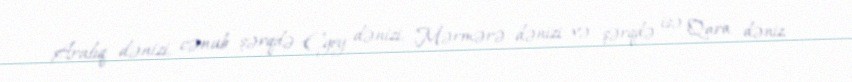
Aralıq dənizi, cənub şərqdə Egey dənizi, Mərmərə dənizi və şərqdə isə Qara dəniz